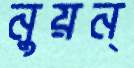
নুয়ন্